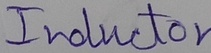
Text: Inductor